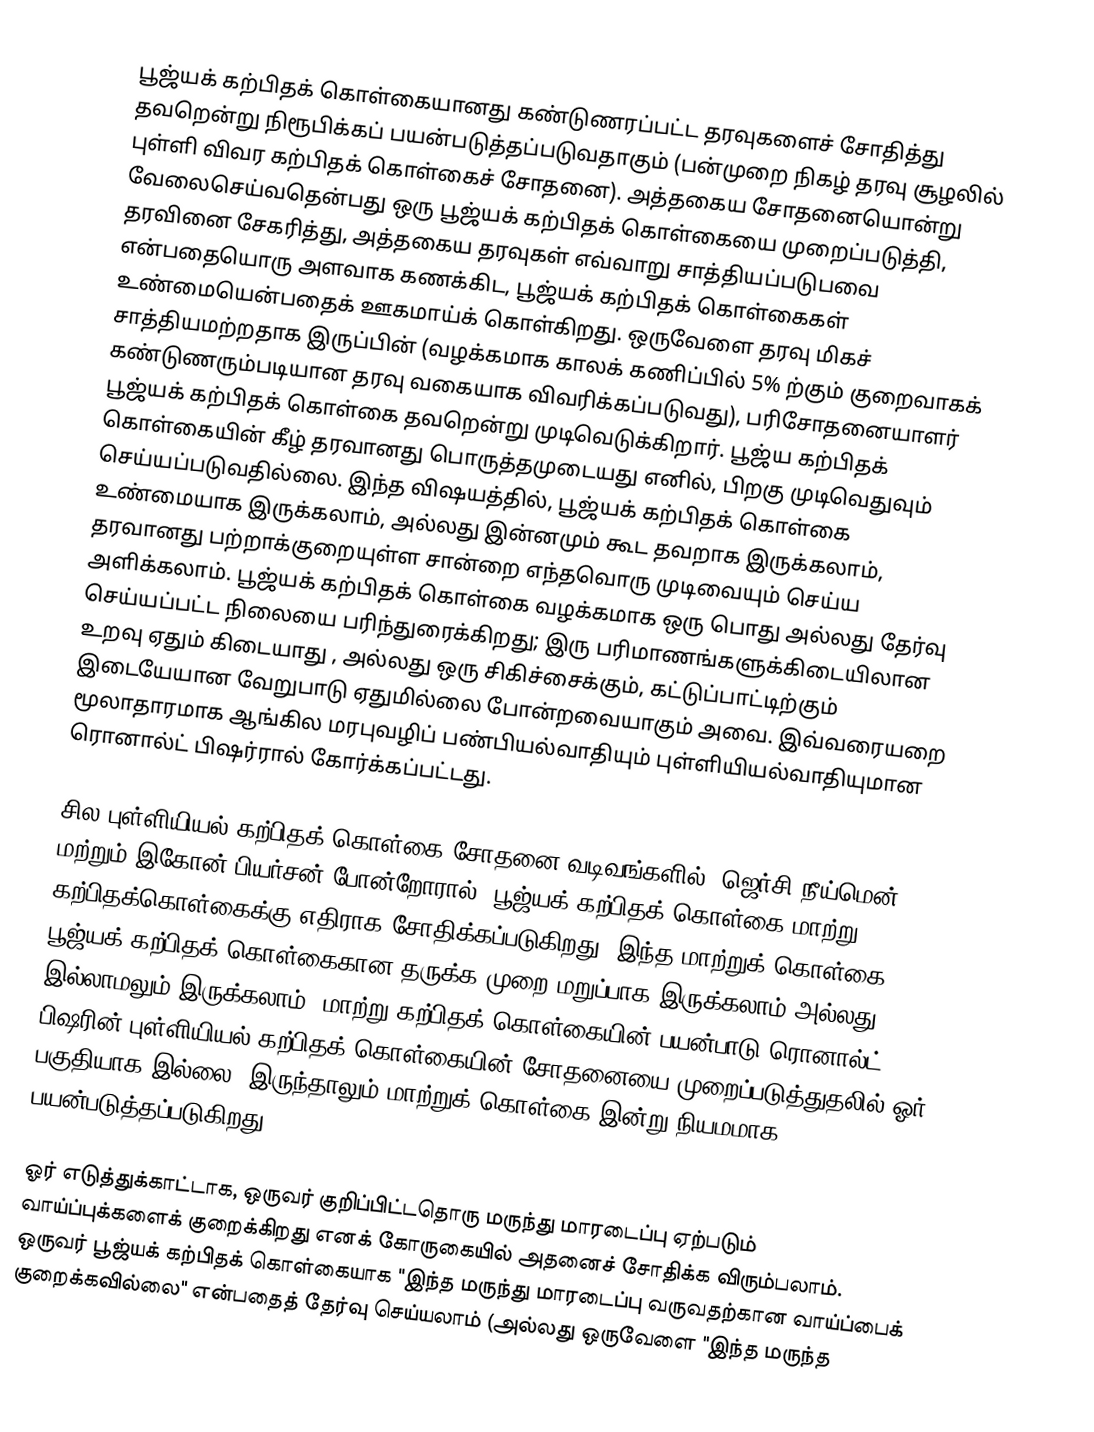
பூஜ்யக் கற்பிதக் கொள்கையானது கண்டுணரப்பட்ட தரவுகளைச் சோதித்து தவறென்று நிரூபிக்கப் பயன்படுத்தப்படுவதாகும் (பன்முறை நிகழ் தரவு சூழலில் புள்ளி விவர கற்பிதக் கொள்கைச் சோதனை). அத்தகைய சோதனையொன்று வேலைசெய்வதென்பது ஒரு பூஜ்யக் கற்பிதக் கொள்கையை முறைப்படுத்தி, தரவினை சேகரித்து, அத்தகைய தரவுகள் எவ்வாறு சாத்தியப்படுபவை என்பதையொரு அளவாக கணக்கிட, பூஜ்யக் கற்பிதக் கொள்கைகள் உண்மையென்பதைக் ஊகமாய்க் கொள்கிறது. ஒருவேளை தரவு மிகச் சாத்தியமற்றதாக இருப்பின் (வழக்கமாக காலக் கணிப்பில் 5% ற்கும் குறைவாகக் கண்டுணரும்படியான தரவு வகையாக விவரிக்கப்படுவது), பரிசோதனையாளர் பூஜ்யக் கற்பிதக் கொள்கை தவறென்று முடிவெடுக்கிறார். பூஜ்ய கற்பிதக் கொள்கையின் கீழ் தரவானது பொருத்தமுடையது எனில், பிறகு முடிவெதுவும் செய்யப்படுவதில்லை. இந்த விஷயத்தில், பூஜ்யக் கற்பிதக் கொள்கை உண்மையாக இருக்கலாம், அல்லது இன்னமும் கூட தவறாக இருக்கலாம், தரவானது பற்றாக்குறையுள்ள சான்றை எந்தவொரு முடிவையும் செய்ய அளிக்கலாம். பூஜ்யக் கற்பிதக் கொள்கை வழக்கமாக ஒரு பொது அல்லது தேர்வு செய்யப்பட்ட நிலையை பரிந்துரைக்கிறது; இரு பரிமாணங்களுக்கிடையிலான உறவு ஏதும் கிடையாது , அல்லது ஒரு சிகிச்சைக்கும், கட்டுப்பாட்டிற்கும் இடையேயான வேறுபாடு ஏதுமில்லை போன்றவையாகும் அவை. இவ்வரையறை மூலாதாரமாக ஆங்கில மரபுவழிப் பண்பியல்வாதியும் புள்ளியியல்வாதியுமான ரொனால்ட் பிஷர்ரால் கோர்க்கப்பட்டது.

சில புள்ளியியல் கற்பிதக் கொள்கை சோதனை வடிவங்களில் (ஜெர்சி நீய்மென் மற்றும் இகோன் பியர்சன் போன்றோரால்) பூஜ்யக் கற்பிதக் கொள்கை மாற்று கற்பிதக்கொள்கைக்கு எதிராக சோதிக்கப்படுகிறது. இந்த மாற்றுக் கொள்கை பூஜ்யக் கற்பிதக் கொள்கைகான தருக்க முறை மறுப்பாக இருக்கலாம் அல்லது இல்லாமலும் இருக்கலாம். மாற்று கற்பிதக் கொள்கையின் பயன்பாடு ரொனால்ட் பிஷரின் புள்ளியியல் கற்பிதக் கொள்கையின் சோதனையை முறைப்படுத்துதலில் ஓர் பகுதியாக இல்லை, இருந்தாலும் மாற்றுக் கொள்கை இன்று நியமமாக பயன்படுத்தப்படுகிறது.

ஓர் எடுத்துக்காட்டாக, ஒருவர் குறிப்பிட்டதொரு மருந்து மாரடைப்பு ஏற்படும் வாய்ப்புக்களைக் குறைக்கிறது எனக் கோருகையில் அதனைச் சோதிக்க விரும்பலாம். ஒருவர் பூஜ்யக் கற்பிதக் கொள்கையாக "இந்த மருந்து மாரடைப்பு வருவதற்கான வாய்ப்பைக் குறைக்கவில்லை" என்பதைத் தேர்வு செய்யலாம் (அல்லது ஒருவேளை "இந்த மருந்த